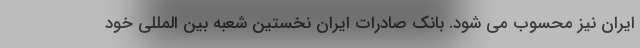
ایران نیز محسوب می شود. بانک صادرات ایران نخستین شعبه بین المللی خود